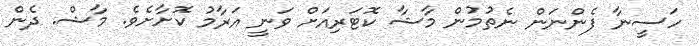
ހަސީނާ ފެންނަން ނެތުމުން މާޝާ ކޮޓަރިއަށް ވަނީ އަރާމު ކޮށާށެވެ. މާޝް. ދެން